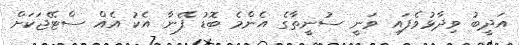
އަދީބު ވިދާޅުވެފައި ވަނީ ސުނީތާގެ އެންމެ ބޮޑު ފޭނާ އެކު އެއް ސްޓޭޖަކަށް